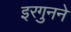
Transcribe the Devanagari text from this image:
इरगुनने